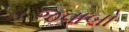
જવાબો